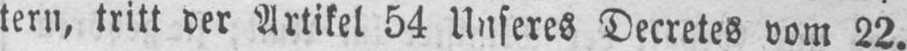
tern, tritt der Artikel 54 Unseres Decretes vom 22.